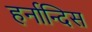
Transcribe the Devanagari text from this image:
हर्नान्दिस